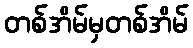
တစ်အိမ်မှတစ်အိမ်